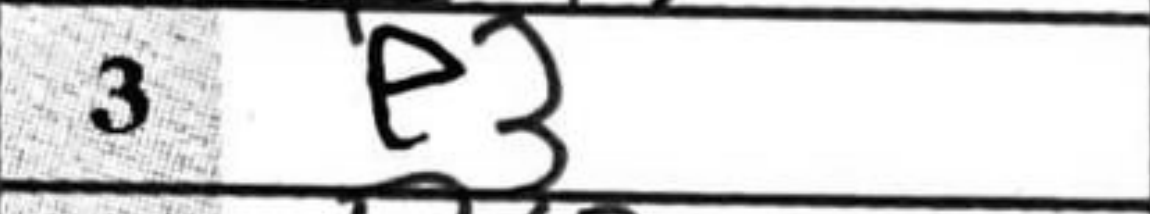
Transcription: e3